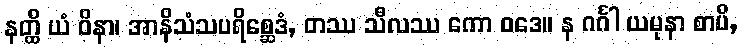
နတ္ထိ ယံ ဝိနာ၊ အာနိသံသပရိစ္ဆေဒံ, တဿ သီလဿ ကော ဝဒေ။ န ဂင်္ဂါ ယမုနာ စာပိ,